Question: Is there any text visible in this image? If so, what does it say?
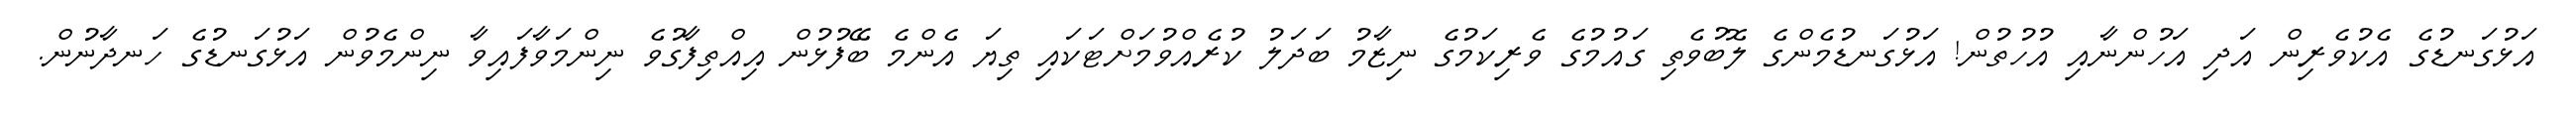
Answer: އަޅުގަނޑުގެ އެކުވެރިން އަދި އަހުންނާއި އުހުތުން! އަޅުގަނޑުމެންގެ ލޮބުވެތި ގައުމުގެ ވެރިކަމުގެ ނިޒާމު ބަދަލު ކުރެއްވުމަށްޓަކައި ތިޔަ އެންމެ ބޭފުޅުން އިއްތިފާގުވެ ނިންމަވާފައިވާ ނިންމެވުން އަޅުގަނޑުގެ ހަނދާނުން.